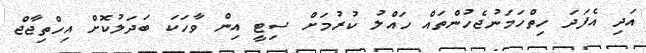
އަދި އެފަދަ ހިތްހަމަނުޖެހުންތައް ހައްލު ކުރުމަށް ސިޓީ އިން ވާހަކަ ބަދަލުކޮށް އިހްތިޖާޖް